system: You are a helpful assistant.
user:
Analyze the provided spectrum to determine if it is a **Carbon Star (C-type)**.

- **Key Visual Indicators of Carbon Star:**
    - **(Primary):** Strong molecular absorption from **C₂ (diatomic carbon) "Swan Bands."** This is the **defining feature** of a carbon star.
        - **(Key Bandheads):** Sharp absorption edges are visible at approximately $5635$ Å, $5165$ Å (the strongest band), and $4737$ Å.
        - **(Line Profile):** Creates a distinct **"saw-tooth"** pattern. The key morphology is a sharp, steep bandhead on the **red (long-wavelength) side**, which then gradually tapers off (i.e., flux recovers) towards the **blue (short-wavelength) side**. *(This is the direct opposite of the TiO bands seen in M-type stars)*.

    - **(Secondary):** Intense **CN (cyanogen)** molecular absorption bands.
        - **(Key Bandheads):** Located in the blue and violet regions of the spectrum (e.g., near $4215$ Å and $3883$ Å).
        - **(Morphology):** These bands are extremely broad and act as a "blanket," absorbing the vast majority of blue and violet light. This creates a characteristic **"cliff"** or **"steep drop-off"** in the spectrum's flux at short wavelengths.

    - **(Key Confirmation):** Strong **CH absorption band (G-band)**.
        - **(Key Bandhead):** Located around $4300$ Å. The contribution from CH molecules to this band is exceptionally strong.

    - **(Overall Spectrum):**
        - The continuum is severely "chopped up" by these deep molecular bands, especially C₂, rather than appearing as a smooth curve.
        - Due to the heavy CN and C₂ absorption in the blue-green, the vast majority of the star's flux is concentrated in the red part of the spectrum, giving the star its characteristic deep red color.

Think first, call **spectral_visualization_tool** if needed to examine features in detail, then provide your final answer. Your response must adhere to the following strict rules:
1.  **Overall Structure:** Your response must follow the format `<think>...</think> <tool_call>...</tool_call> (if a tool is used) <answer>...</answer>`.
2.  **Tool Usage Constraint:** You may only make **one** tool call per turn.
3.  **Final Answer Format:** In the `<answer>` tag, your conclusion must be inside a `\boxed{}` command (e.g., `\boxed{YES}`), followed by your justification.

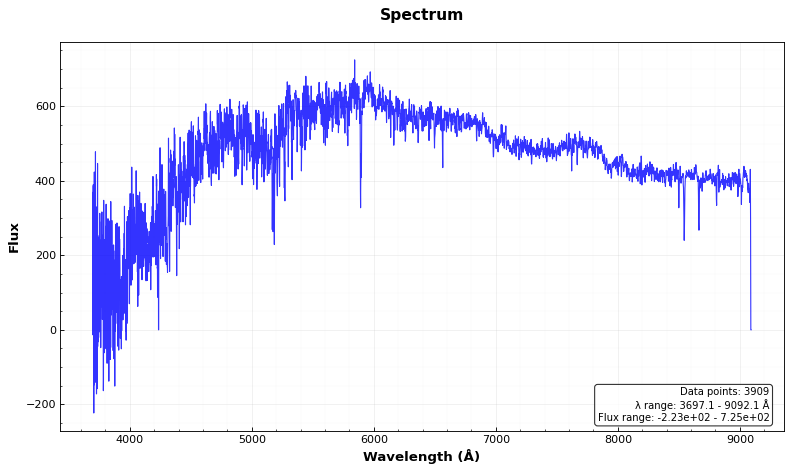
Answer: NO